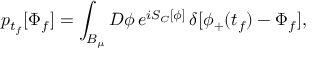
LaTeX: p _ { t _ { f } } [ \Phi _ { f } ] = \int _ { B _ { \mu } } { \cal D } \phi \, e ^ { i S _ { C } [ \phi ] } \, \delta [ \phi _ { + } ( t _ { f } ) - \Phi _ { f } ] ,